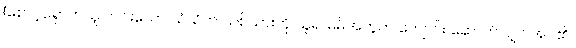
(စောင့်ရှောက်သူ ကင်းသော သံဃိက သစ်သားကို ယူ၍ မိမိအတွက် ကျောင်း ဆောက်လျှင် အပ်၏။